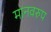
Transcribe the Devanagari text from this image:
मानवरुप